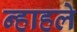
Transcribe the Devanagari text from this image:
न्हाहले